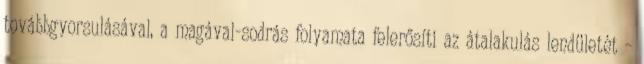
továbbgyorsulásával, a magával-sodrás folyamata felerősíti az átalakulás lendületét –